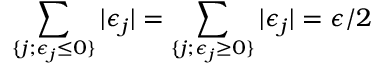
\sum _ { \{ j ; \epsilon _ { j } \le 0 \} } | \epsilon _ { j } | = \sum _ { \{ j ; \epsilon _ { j } \ge 0 \} } | \epsilon _ { j } | = \epsilon / 2